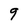
Character: 9